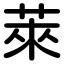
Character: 萊